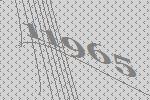
11965